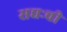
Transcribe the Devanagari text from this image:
सद्यःची